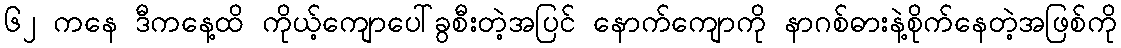
၆၂ ကနေ ဒီကနေ့ထိ ကိုယ့်ကျောပေါ်ခွစီးတဲ့အပြင် နောက်ကျောကို နာဂစ်ဓားနဲ့စိုက်နေတဲ့အဖြစ်ကို